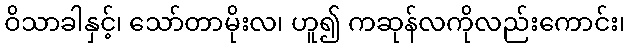
ဝိသာခါနှင့်၊ သော်တာမိုးလ၊ ဟူ၍ ကဆုန်လကိုလည်းကောင်း၊